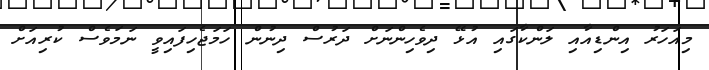
މިއަހަރު އިންޑިއާއި ލަންކާގައި އުޅޭ ދިވެހިންނަށް ދަރުސް ދިނުން ހަމަޖެހިފައިވީ ނަމަވެސް ކުރިއަށް